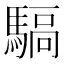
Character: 𩤬